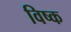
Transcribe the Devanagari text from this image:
विष्क